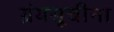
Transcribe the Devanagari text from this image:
ग्रंथसूचींना